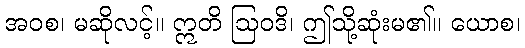
အဝစ၊ မဆိုလင့်။ ဣတိ ဩဝဒိ၊ ဤသို့ဆုံးမ၏။ ယောစ၊